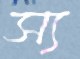
স্য